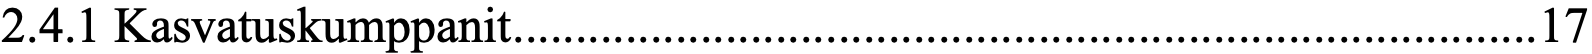
2.4.1 Kasvatuskumppanit .................................................................................. 17